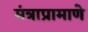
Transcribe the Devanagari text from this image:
मंत्राप्रामाणे